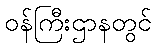
ဝန်ကြီးဌာနတွင်